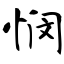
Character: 悯